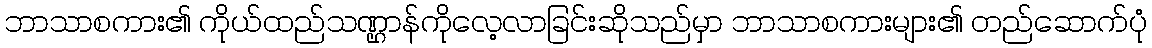
ဘာသာစကား၏ ကိုယ်ထည်သဏ္ဌာန်ကိုလေ့လာခြင်းဆိုသည်မှာ ဘာသာစကားများ၏ တည်ဆောက်ပုံ